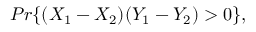
P r \{ ( X _ { 1 } - X _ { 2 } ) ( Y _ { 1 } - Y _ { 2 } ) > 0 \} ,